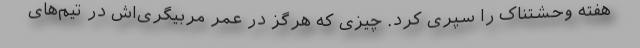
هفته وحشتناک را سپری کرد. چیزی که هرگز در عمر مربیگری‌اش در تیم‌های